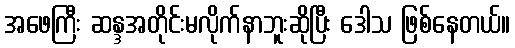
အဖေကြီး ဆန္ဒအတိုင်းမလိုက်နာဘူးဆိုပြီး ဒေါသ ဖြစ်နေတယ်။